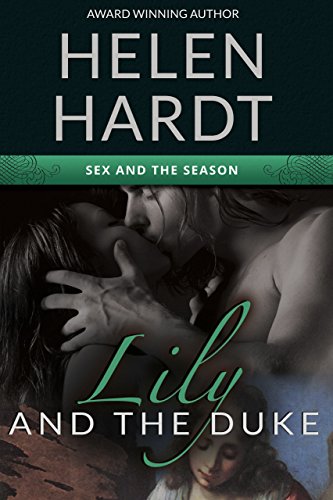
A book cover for Lily and the Duke (Sex and the Season: One); Helen Hardt; Romance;